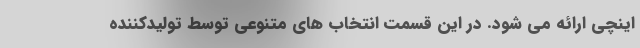
اینچی ارائه می شود. در این قسمت انتخاب های متنوعی توسط تولیدکننده